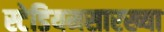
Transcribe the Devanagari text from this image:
स्टेडियमसारख्या